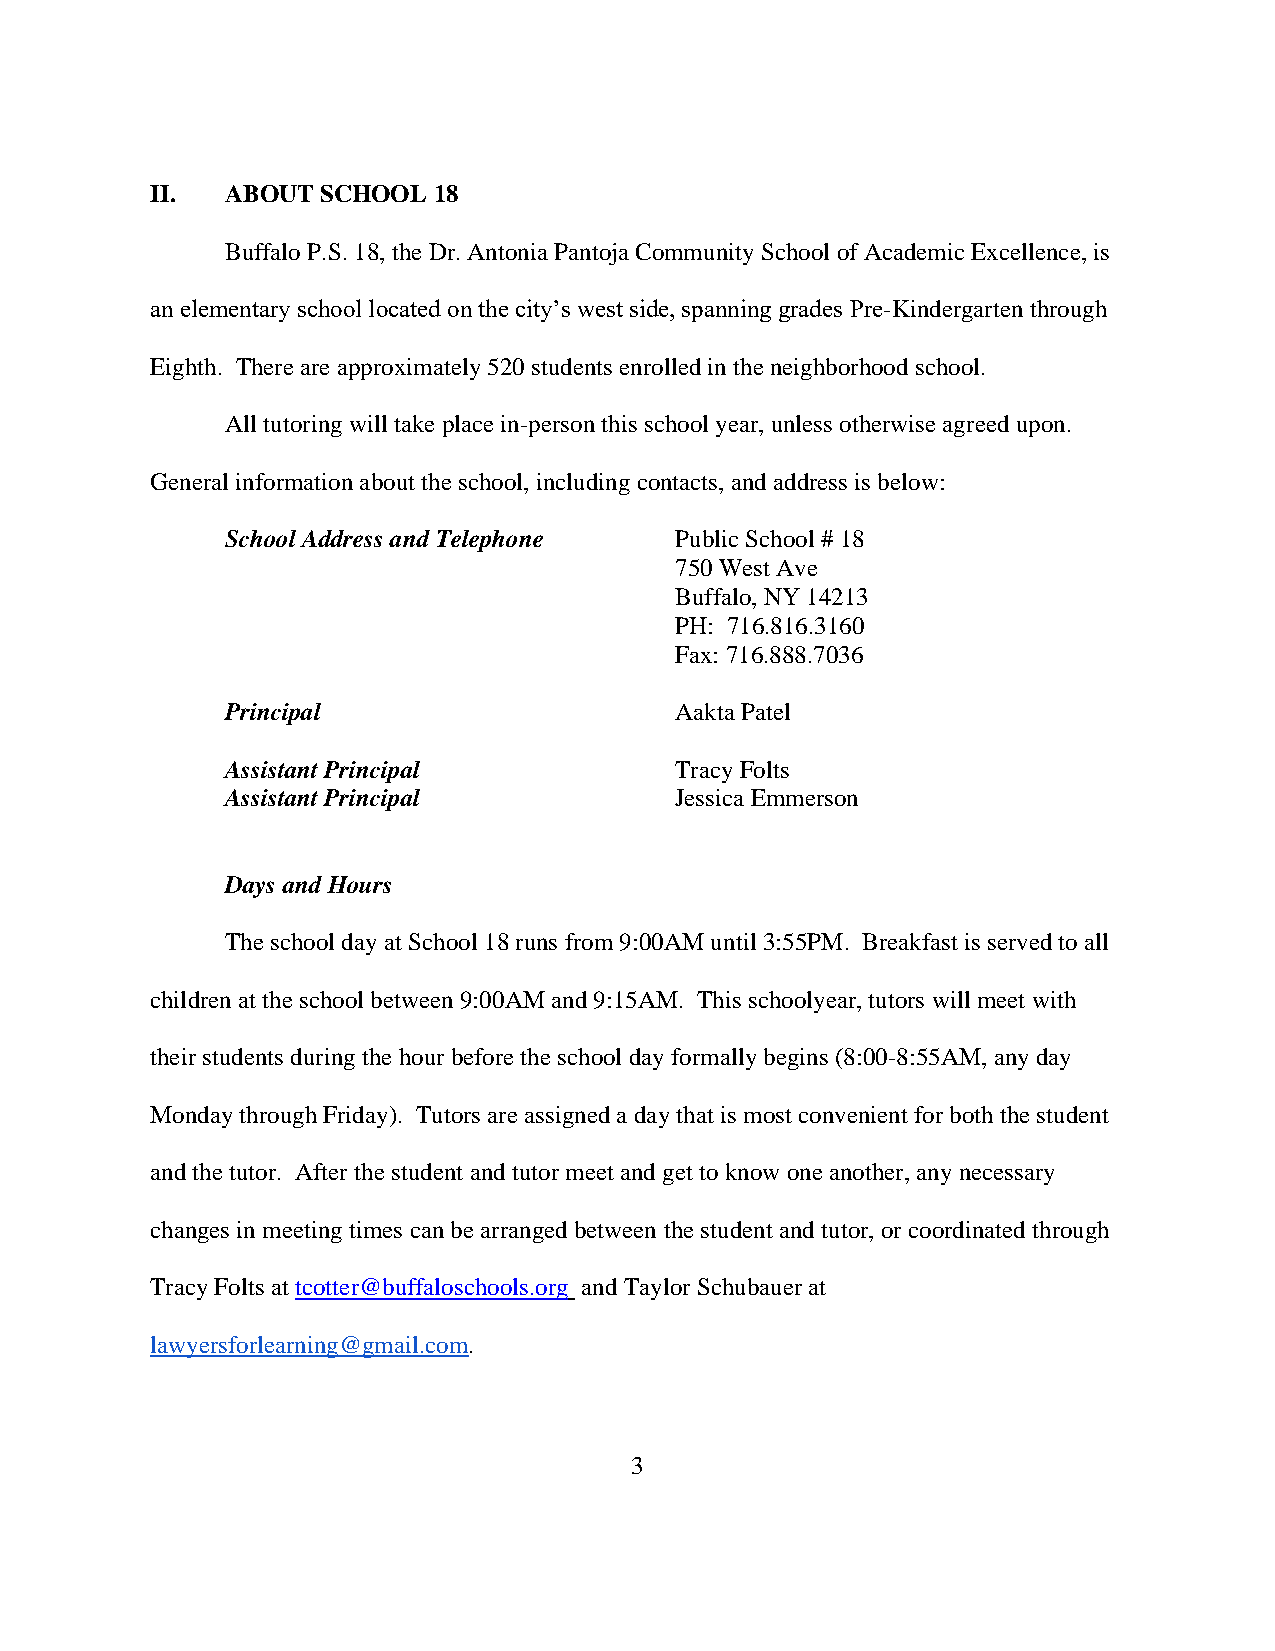
II.  ABOUT SCHOOL  18
 Buffalo P.S. 18, the Dr. Antonia Pantoja Community School of Academic Excellence, is
 an elementary school located on the city’s west side, spanning grades Pre-Kindergarten through
 Eighth. There are approximately 520 students enrolled in the neighborhood school.
 All tutoring will take place in-person this school year, unless otherwise agreed upon.
 General information about the school, including contacts, and address is below:
 School Address and Telephone  Public School # 18
 750 West Ave
 Buffalo, NY 14213
 PH: 716.816.3160
 Fax: 716.888.7036
 Principal                     Aakta Patel
 Assistant Principal           Tracy Folts
 Assistant Principal           Jessica Emmerson
 Days and Hours
 The school day at School 18 runs from 9:00AM until 3:55PM. Breakfast is served to all
 children at the school between 9:00AM and 9:15AM. This schoolyear, tutors will meet with
 their students during the hour before the school day formally begins (8:00-8:55AM, any day
 Monday through Friday). Tutors are assigned a day that is most convenient for both the student
 and the tutor. After the student and tutor meet and get to know one another, any necessary
 changes in meeting times can be arranged between the student and tutor, or coordinated through
 Tracy Folts at tcotter@buffaloschools.org and Taylor Schubauer at
 lawyersforlearning@gmail.com.
 3